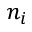
n _ { i }